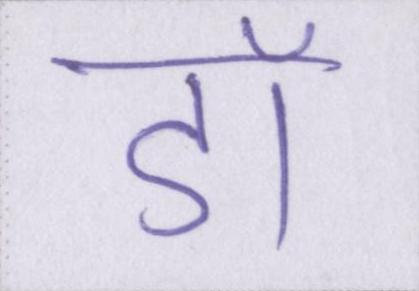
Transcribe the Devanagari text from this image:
डॉ